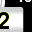
Digit: 2